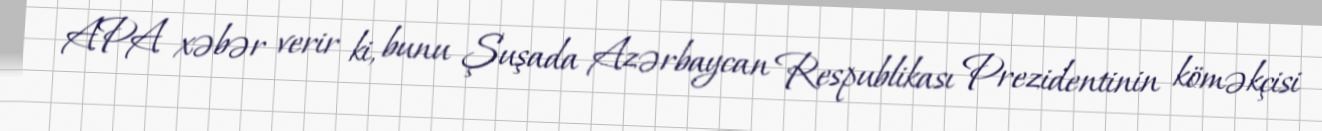
APA xəbər verir ki, bunu Şuşada Azərbaycan Respublikası Prezidentinin köməkçisi